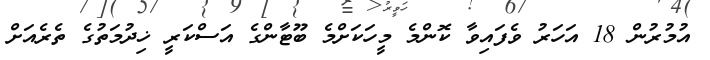
އުމުރުން 18 އަހަރު ވެފައިވާ ކޮންމެ މީހަކަށްމެ ބޫޓާންގެ އަސްކަރީ ޚިދުމަތުގެ ތެރެއަށް